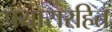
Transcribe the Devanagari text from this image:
प्रयासरहित